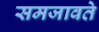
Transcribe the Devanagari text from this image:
समजावते